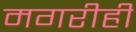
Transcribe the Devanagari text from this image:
मगरीही